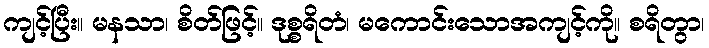
ကျင့်ပြီး။ မနသာ၊ စိတ်ဖြင့်။ ဒုစ္စရိတံ၊ မကောင်းသောအကျင့်ကို။ စရိတွာ၊